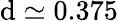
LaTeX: \mathrm{d}\simeq0.375